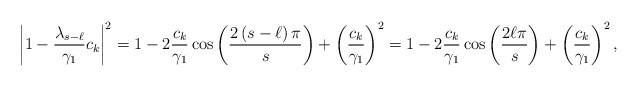
\begin{align*}\left|1-\frac{\lambda_{s-\ell}}{\gamma_1}c_k \right|^2=1-2\frac{c_k}{\gamma_1}\cos\left(\frac{2 \left( s- \ell \right) \pi}{s} \right)+\left(\frac{c_k}{\gamma_1} \right)^2=1-2\frac{c_k}{\gamma_1}\cos\left(\frac{2 \ell \pi}{s} \right)+\left(\frac{c_k}{\gamma_1} \right)^2,\end{align*}